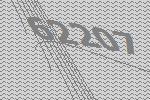
62207